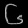
Digit: ၆